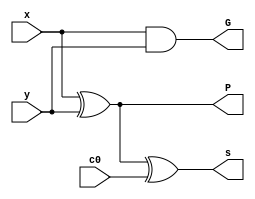
module Bit_stage (input x, y, c0, output G, P, s);	

	assign G = x & y;
	assign P = x ^ y;
	assign s = P ^ c0;

endmodule